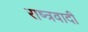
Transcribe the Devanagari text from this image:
राष्त्रवादी